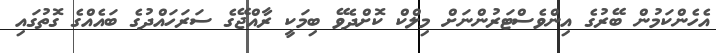
އެހެންކަމުން ބޭރުގެ އިންވެސްޓަރުންނަށް މިލްކް ކޮށްދެވޭ ބިމަކީ ރާއްޖޭގެ ސަރަހައްދުގެ ބައެއްގެ ގޮތުގައި